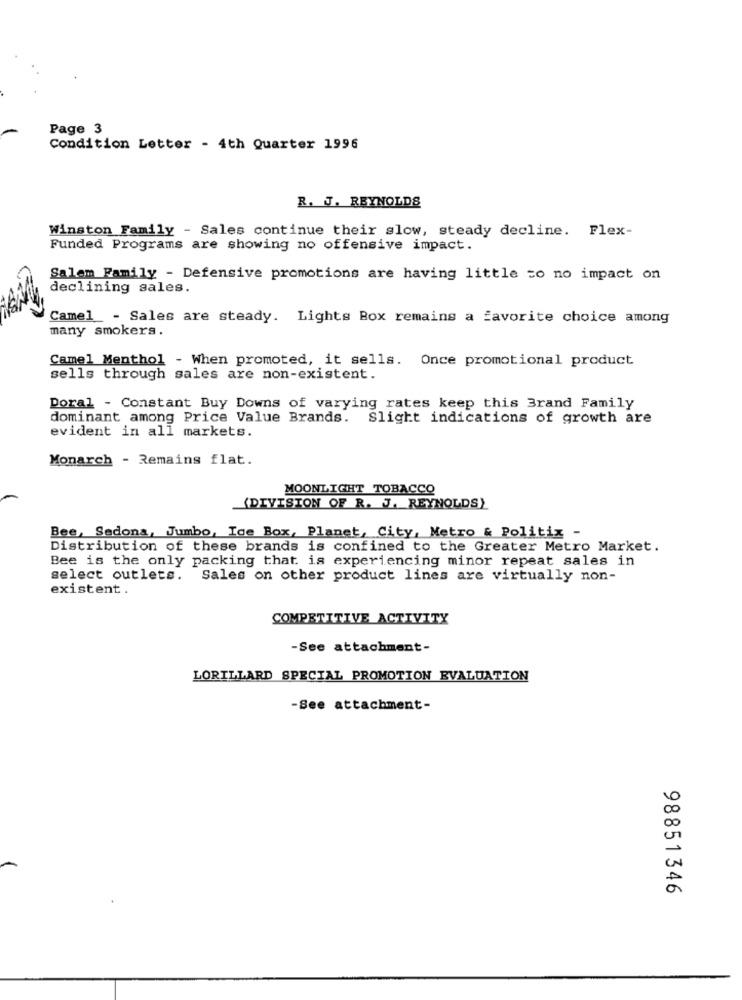
Page 3
Condition Letter - 4th Quarter 1996
R. J. REYNOLDS
Winston Family - Sales continue their slow, steady decline. Flex-
Funded Programs are showing no offensive impact.
Salem Family - Defensive promotions are having little zo no impact on
declining sales.
Camel_ - Sales are steady. Lights Box remains a favorite choice among
many smokers.
Camel Menthol - When promoted, it sells. Once promotional product
sells through sales are non-existent.
Doral - Constant Buy Downs of varying rates keep this Brand Family
dominant among Price Value Brands.
Slight indications of growth are
evident in all markets.
Monarch - Remains flat.
MOONLIGHT TOBACCO
(DIVISION OF R. J. REYNOLDS)
Bee, Sedona, Jumbo, Ice Box, Planet, City, Metro & Politix -
Distribution of these brands is confined to the Greater Metro Market.
Bee is the only packing that is experiencing minor repeat sales in
select outlets. Sales on other product lines are virtually non-
existent.
COMPETITIVE ACTIVITY
-See attachment-
LORILLARD SPECIAL PROMOTION EVALUATION
-See attachment-
98851346